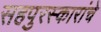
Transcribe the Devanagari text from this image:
सहपुरस्कारांचे